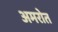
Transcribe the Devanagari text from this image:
अमरोत